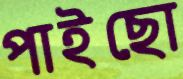
পাইছো